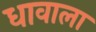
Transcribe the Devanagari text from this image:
धावाला